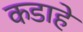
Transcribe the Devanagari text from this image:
कडाहे